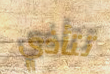
تتأذي